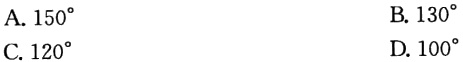
A. \(150^{\circ}\)
B. \(130^{\circ}\)
C. \(120^{\circ}\)
D. \(100^{\circ}\)